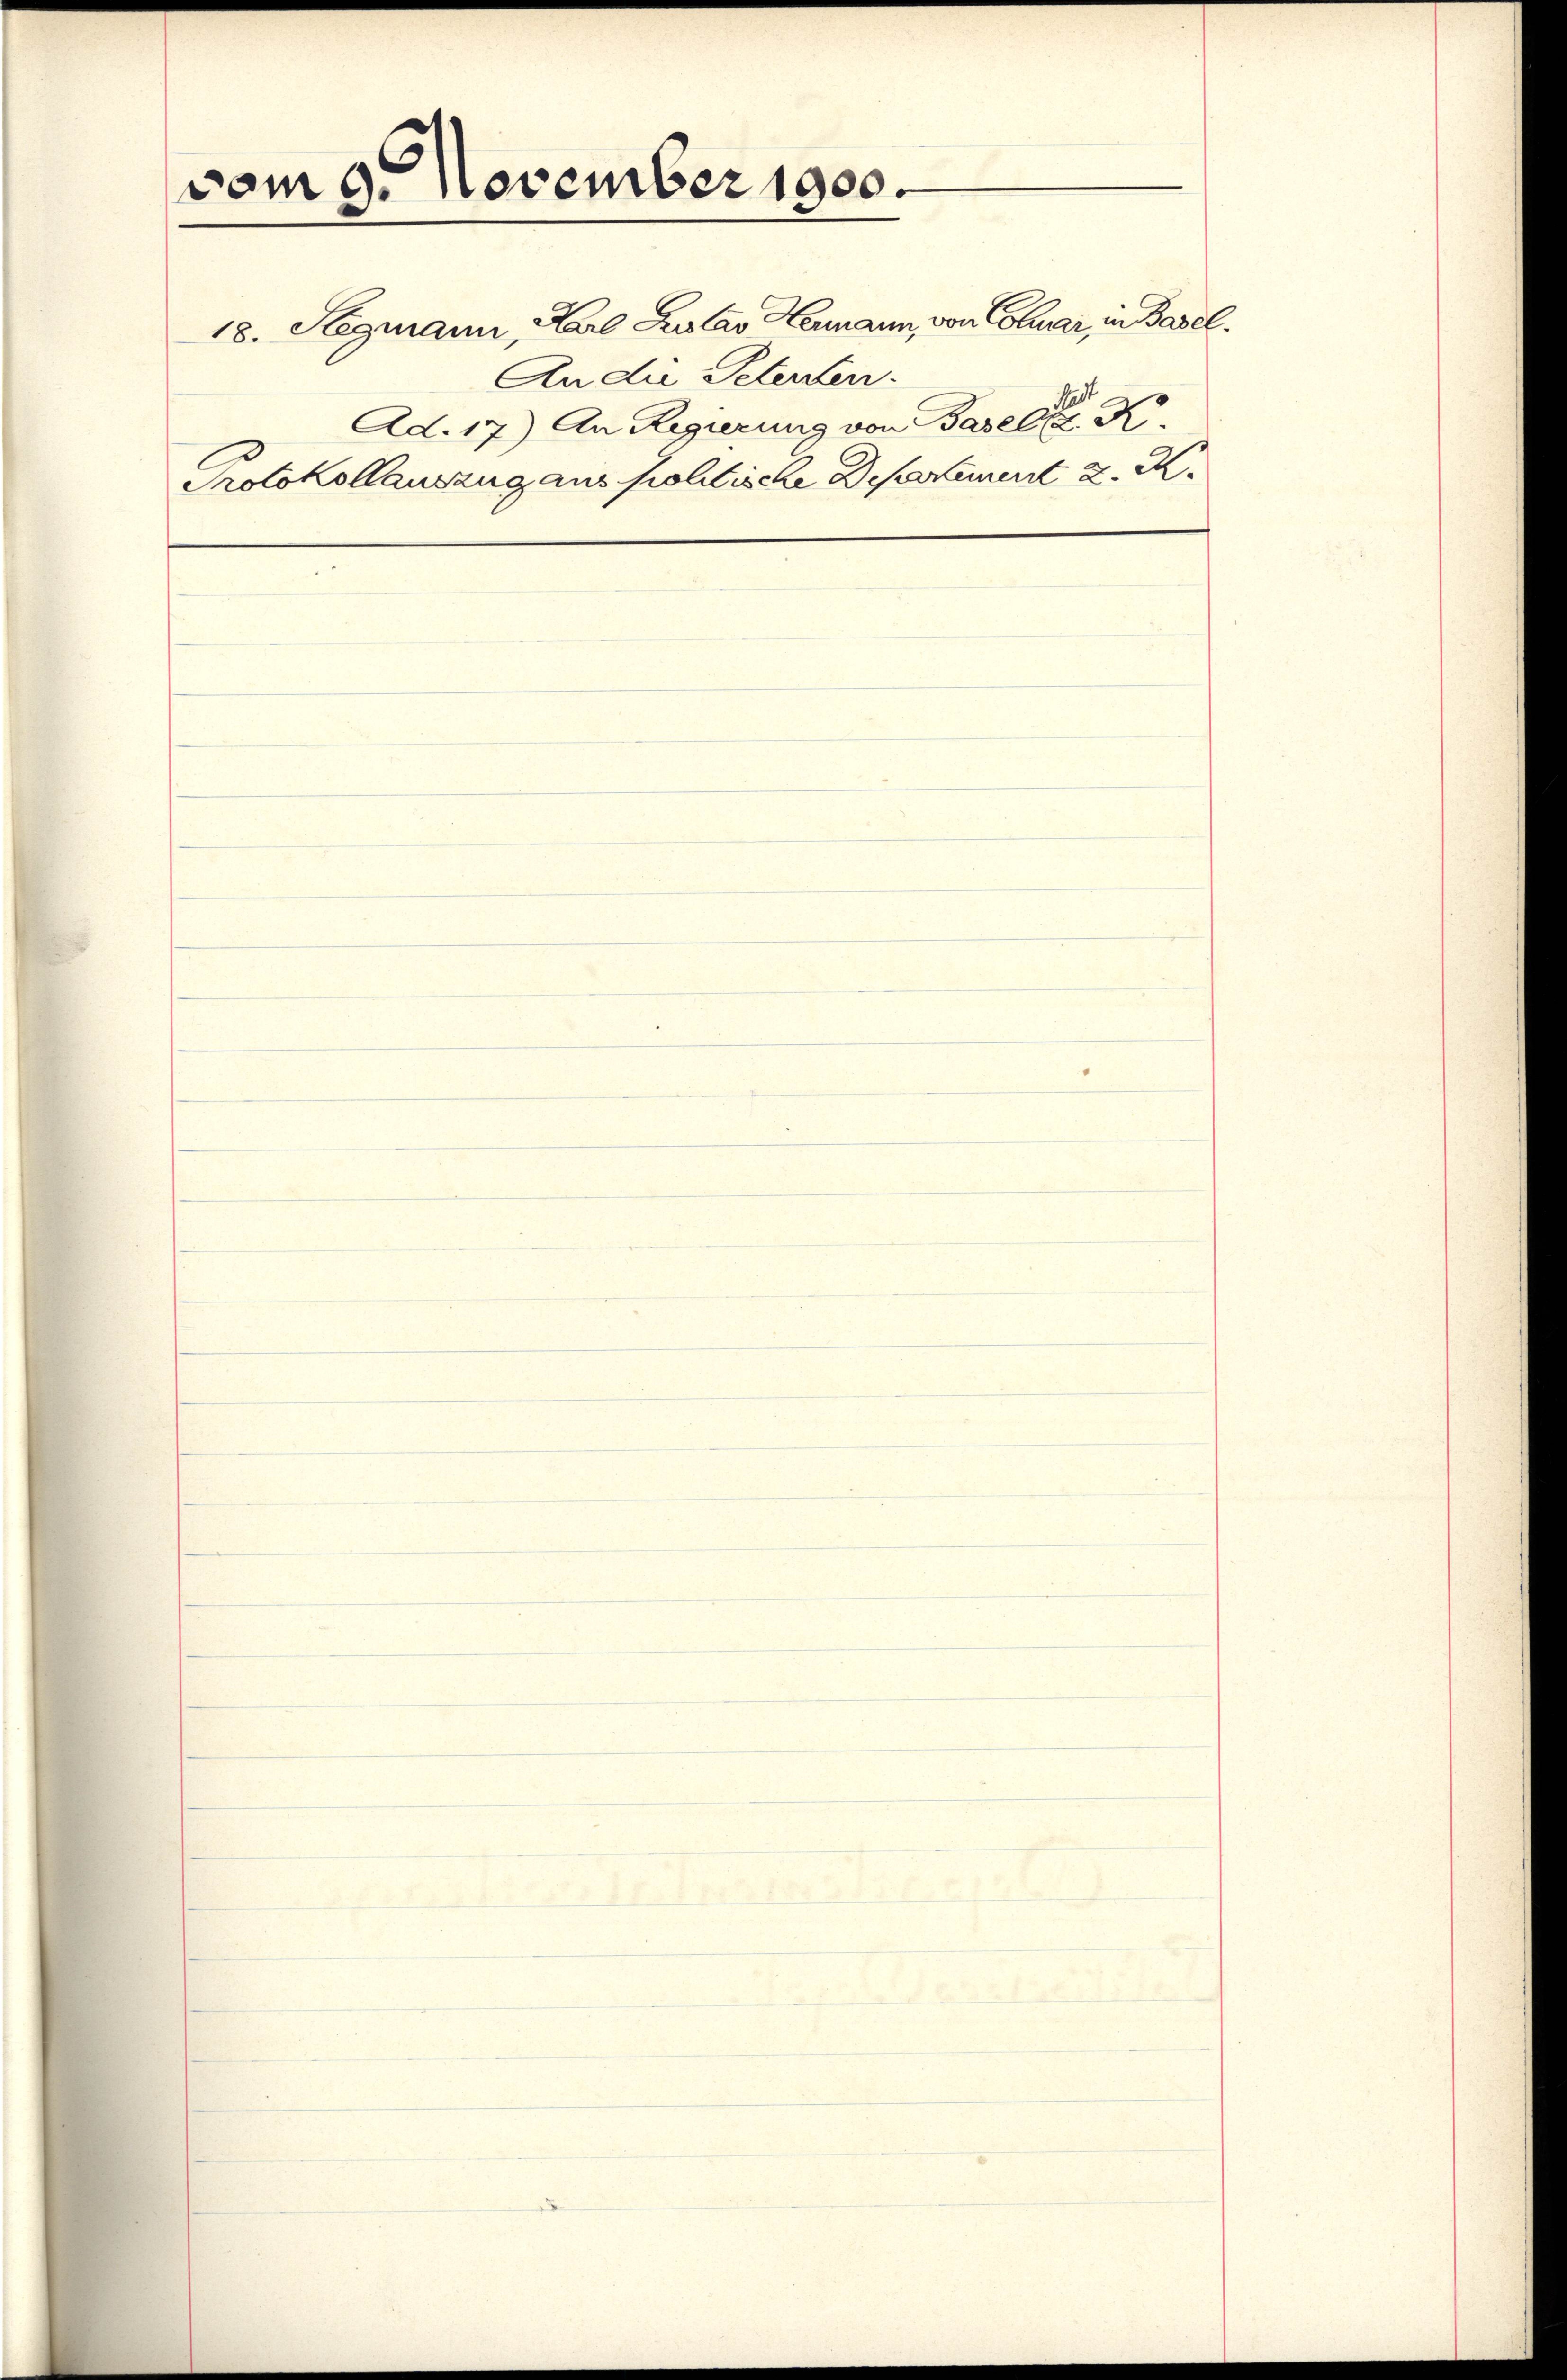
vom 9. November 1900.

An die Petenten.
Ad. 17) An Regierung von Basel der K.
Protokollauszug aus sollische Departement d. M.

18. Stegmann, Karl Lustav Hermann, von Coluar, in Basel.